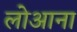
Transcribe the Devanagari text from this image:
लोआना